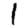
Digit: 1